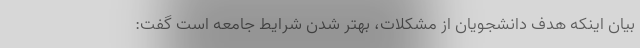
بیان اینکه هدف دانشجویان از مشکلات، بهتر شدن شرایط جامعه است گفت: